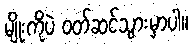
မျိုးကိုပဲ ဝတ်ဆင်သွားမှာပါ။